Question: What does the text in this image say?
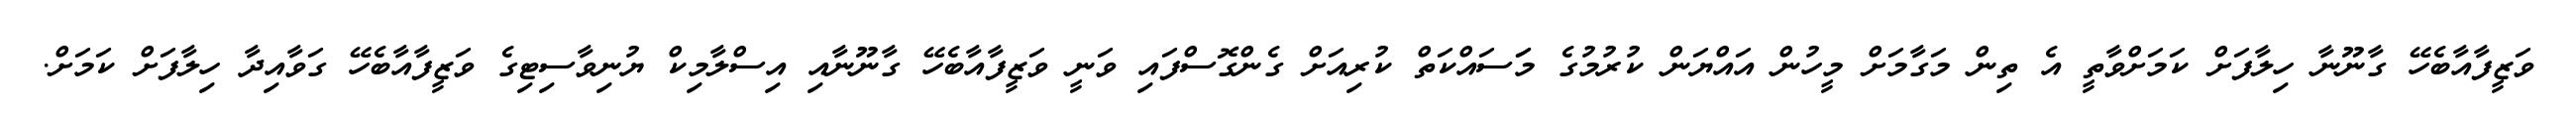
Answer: ވަޒީފާއާބެހޭ ގާނޫނާ ހިލާފަށް ކަމަށްވާތީ އެ ތިން މަގާމަށް މީހުން އައްޔަން ކުރުމުގެ މަަސައްކަތް ކުރިއަށް ގެންގޮސްފައި ވަނީ ވަޒީފާއާބެހޭ ގާނޫނާއި އިސްލާމިކް ޔުނިވާސިޓިގެ ވަޒީފާއާބެހޭ ގަވާއިދާ ހިލާފަށް ކަމަށް.